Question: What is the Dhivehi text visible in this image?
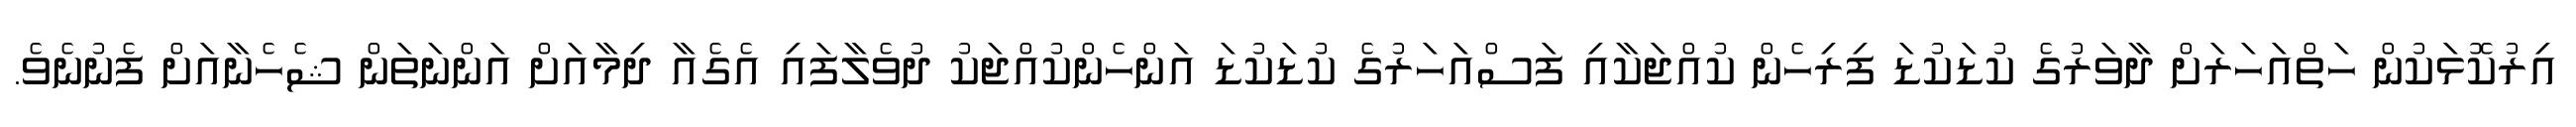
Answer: އިރުކޮޅަކުން ހަތްއަހަރަށް ދާވަރުގެ ކުޑަކުޑަ ފިރިހެން ކުއްޖަކާއި ފަސްއަހަރުގެ ކުޑަކުޑަ އަންހެންކުއްޖަކު ދުވެލާފައި އެގެއާ ދިމާއަށް އަންނަތަން ޝެހެނާއަށް ފެނުނެވެ.